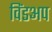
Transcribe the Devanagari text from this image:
विंडअप